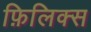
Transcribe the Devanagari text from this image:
फ़िलिक्स